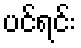
ပင်ရင်း